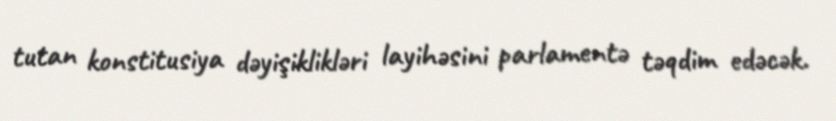
tutan konstitusiya dəyişiklikləri layihəsini parlamentə təqdim edəcək.